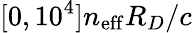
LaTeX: [0,10^{4}]n_{\mathrm{eff}}R_{D}/c